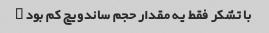
با تشکر فقط یه مقدار حجم ساندویچ کم بود …